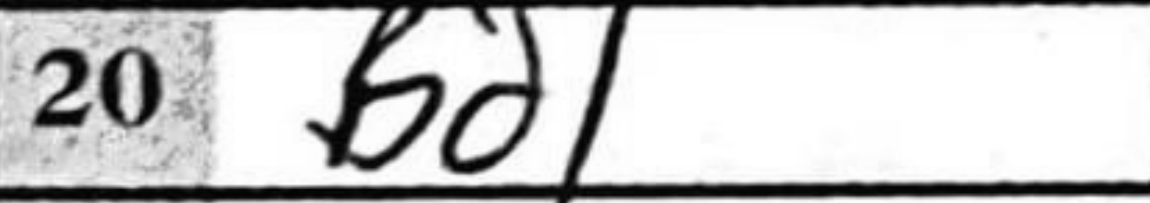
Transcription: Bd1